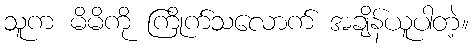
သူက မိမိကို ကြိုက်သလောက် အချိန်ယူပါတဲ့။